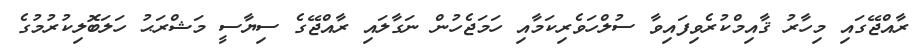
ރާއްޖޭގައި މިހާރު ޤާއިމްކުރެވިފައިވާ ސުލްހަވެރިކަމާއި ހަމަޖެހުން ނަގާލައި ރާއްޖޭގެ ސިޔާސީ މަޝްރަޙު ހަލަބޮލިކުރުމުގެ